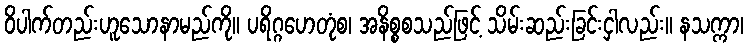
ဝိပါက်တည်းဟူသောနာမည်ကို။ ပရိဂ္ဂဟေတုံစ၊ အနိစ္စစသည်ဖြင့် သိမ်းဆည်းခြင်းငှါလည်း။ နသက္ကာ၊